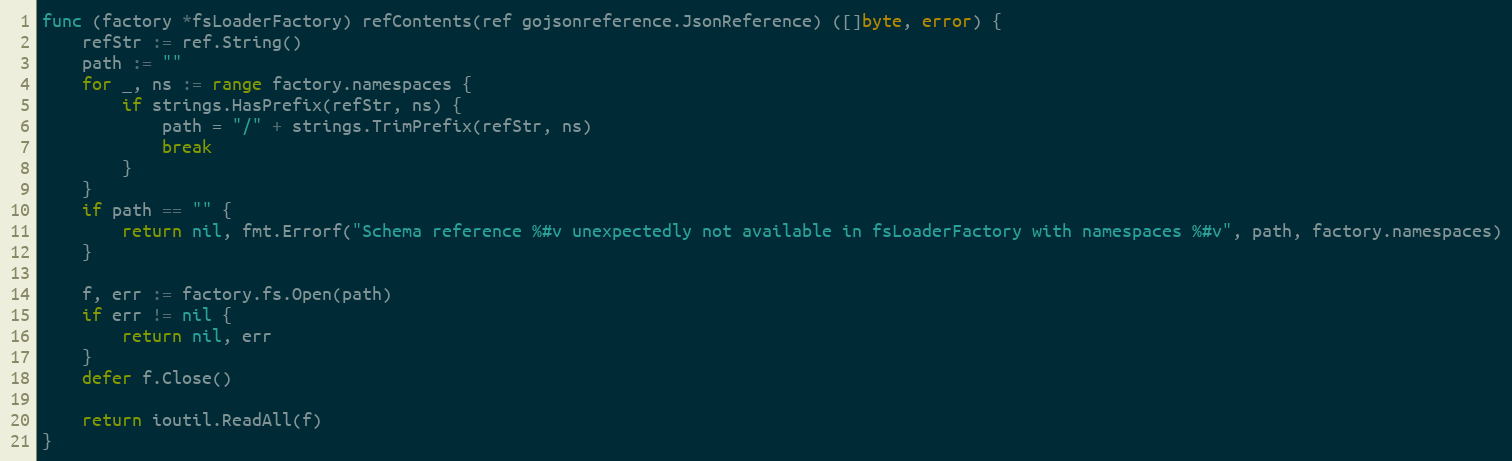
Language: Go
func (factory *fsLoaderFactory) refContents(ref gojsonreference.JsonReference) ([]byte, error) {
	refStr := ref.String()
	path := ""
	for _, ns := range factory.namespaces {
		if strings.HasPrefix(refStr, ns) {
			path = "/" + strings.TrimPrefix(refStr, ns)
			break
		}
	}
	if path == "" {
		return nil, fmt.Errorf("Schema reference %#v unexpectedly not available in fsLoaderFactory with namespaces %#v", path, factory.namespaces)
	}

	f, err := factory.fs.Open(path)
	if err != nil {
		return nil, err
	}
	defer f.Close()

	return ioutil.ReadAll(f)
}